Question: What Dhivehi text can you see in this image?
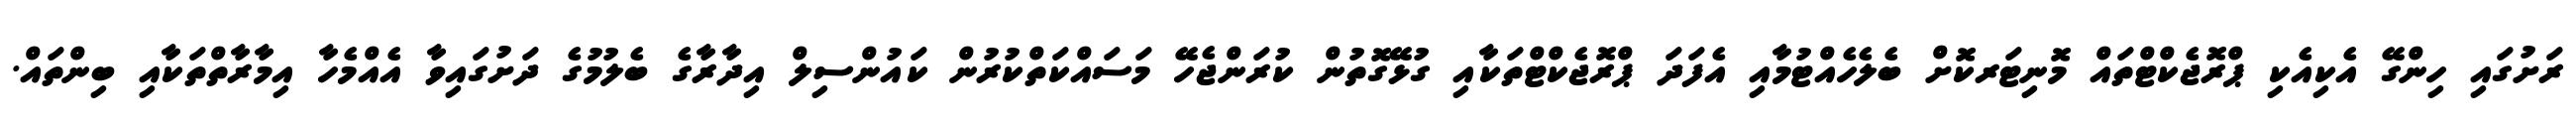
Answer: ރަށުގައި ހިންގޭ އެކިއެކި ޕްރޮޖެކްޓްތައް މޮނިޓަރކޮށް ބެލެހެއްޓުމާއި އެފަދަ ޕްރޮޖެކްޓްތަކާއި ގުޅޭގޮތުން ކުރަންޖެހޭ މަސައްކަތްކުރުން ކައުންސިލް އިދާރާގެ ބެލުމުގެ ދަށުގައިވާ އެއްމެހާ އިމާރާތްތަކާއި ބިންތައް.